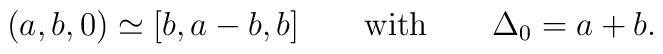
(a,b,0)\simeq[b,a-b,b]\qquad\mbox{with}\qquad \Delta_0=a+b.